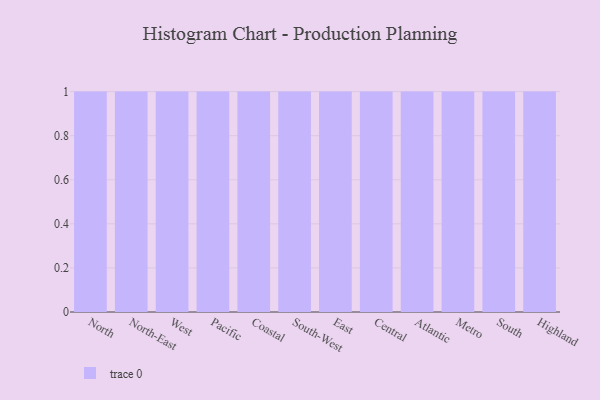
{"axis": {"x": "Region", "y": "Shipments"}, "legend": [""], "data": [{"x": "North", "y": 56, "type": ""}, {"x": "North-East", "y": 63, "type": ""}, {"x": "West", "y": 53, "type": ""}, {"x": "Pacific", "y": 49, "type": ""}, {"x": "Coastal", "y": 46, "type": ""}, {"x": "South-West", "y": 25, "type": ""}, {"x": "East", "y": 34, "type": ""}, {"x": "Central", "y": 91, "type": ""}, {"x": "Atlantic", "y": 51, "type": ""}, {"x": "Metro", "y": 99, "type": ""}, {"x": "South", "y": 55, "type": ""}, {"x": "Highland", "y": 10, "type": ""}]}